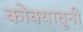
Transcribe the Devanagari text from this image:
कोक्यातूनी